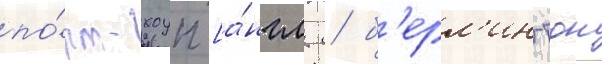
по́рт-хоуп [а́нгл. / б'ерл'ингтон